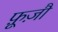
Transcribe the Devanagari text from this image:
फ़ूज़ौ